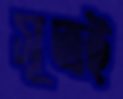
সূত্রই